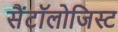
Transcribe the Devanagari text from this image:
सैंटॉलोजिस्ट